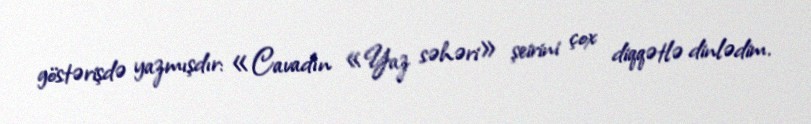
göstərişdə yazmışdır: «Cavadın «Yaz səhəri» şeirini çox diqqətlə dinlədim.